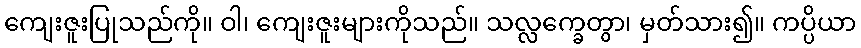
ကျေးဇူးပြုသည်ကို။ ဝါ၊ ကျေးဇူးများကိုသည်။ သလ္လက္ခေတွာ၊ မှတ်သား၍။ ကပ္ပိယာ